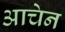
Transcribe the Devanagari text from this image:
आचेन